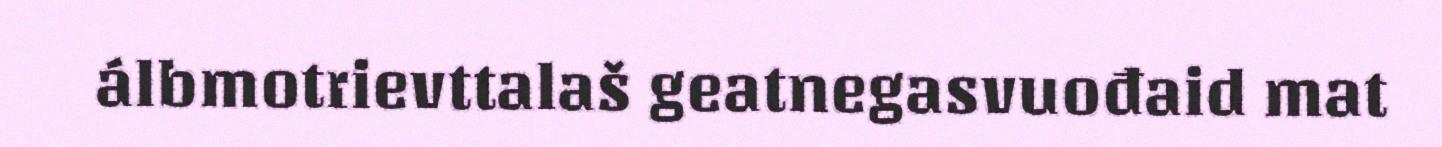
álbmotrievttalaš geatnegasvuođaid mat